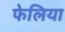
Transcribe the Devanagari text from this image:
फेलिया